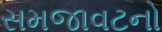
સમજાવટનો